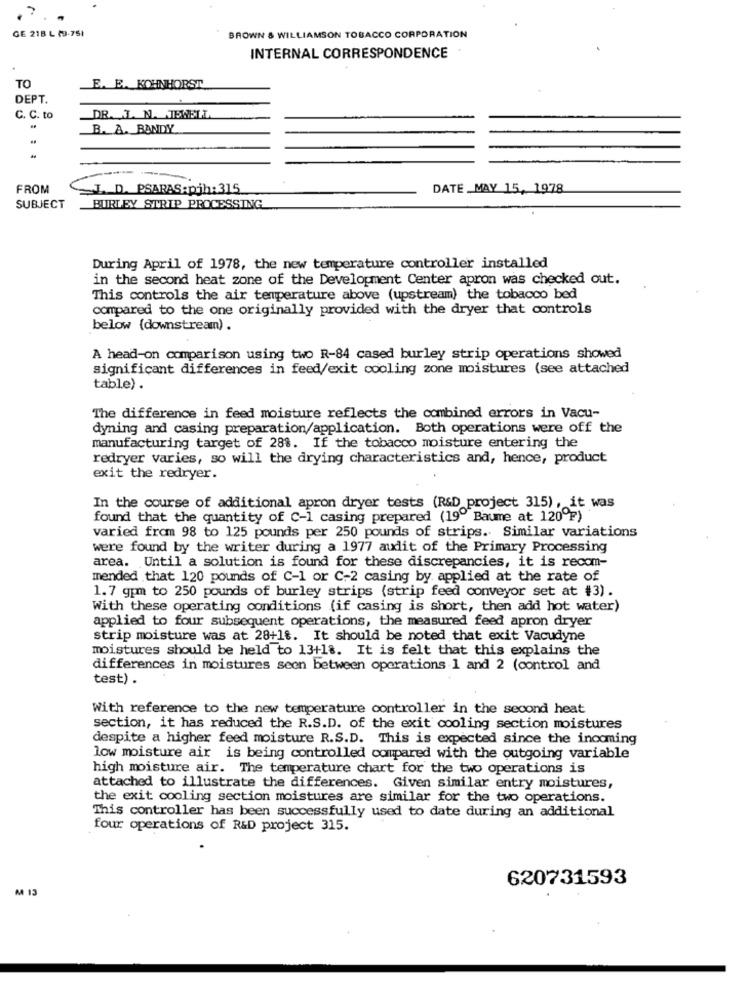
GE 218 L (9-751
BROWN & WILLIAMSON TOBACCO CORPORATION
INTERNAL CORRESPONDENCE
TO
E. E. KOHNHORST
DEPT
C. C. to
DR. L. N. TEWELL
B. A. BANDY
.
----
FROM
I. D. PSARAS:pjh: 315
DATE MAY 15, 1978
SUBJECT
BURLEY STRIP PROCESSING
During April of 1978, the new temperature controller installed
in the second heat zone of the Development Center apron was checked out.
This controls the air temperature above (upstream) the tobacco bed
compared to the one originally provided with the dryer that controls
below {downstream).
A head-on comparison using two R-84 cased burley strip operations showed
significant differences in feed/exit cooling zone moistures (see attached
table) .
The difference in feed moisture reflects the combined errors in Vacu-
dyning and casing preparation/application. Both operations were off the
manufacturing target of 28%. If the tobacco moisture entering the
redryer varies, so will the drying characteristics and, hence, product
exit the redryer.
In the course of additional apron dryer tests (R&D project 315) , it was
found that the quantity of C-1 casing prepared (19º Baume at 120ºF)
varied from 98 to 125 pounds per 250 pounds of strips. Similar variations
were found by the writer during a 1977 audit of the Primary Processing
area. Until a solution is found for these discrepancies, it is recom-
mended that 120 pounds of C-1 or C-2 casing by applied at the rate of
1.7 gpm to 250 pounds of burley strips (strip feed conveyor set at #3).
With these operating conditions (if casing is short, then add hot water)
applied to four subsequent operations, the measured feed apron dryer
strip moisture was at 28+18. It should be noted that exit Vacudyne
moistures should be held to 13+18. It is felt that this explains the
differences in moistures seen between operations 1 and 2 (control and
test) .
With reference to the new temperature controller in the second heat
section, it has reduced the R.S.D. of the exit cooling section moistures
despite a higher feed moisture R.S.D. This is expected since the incoming
low moisture air is being controlled compared with the outgoing variable
high moisture air. The temperature chart for the two operations is
attached to illustrate the differences. Given similar entry moistures,
the exit cooling section moistures are similar for the two operations.
This controller has been successfully used to date during an additional
four operations of R&D project 315.
620731593
M 13